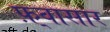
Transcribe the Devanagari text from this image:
फ़्वासार